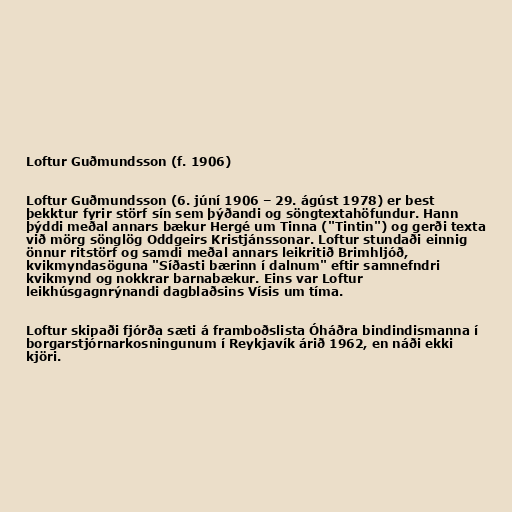
Loftur Guðmundsson (f. 1906)

Loftur Guðmundsson (6. júní 1906 – 29. ágúst 1978) er best
þekktur fyrir störf sín sem þýðandi og söngtextahöfundur. Hann
þýddi meðal annars bækur Hergé um Tinna ("Tintin") og gerði texta
við mörg sönglög Oddgeirs Kristjánssonar. Loftur stundaði einnig
önnur ritstörf og samdi meðal annars leikritið Brimhljóð,
kvikmyndasöguna "Síðasti bærinn í dalnum" eftir samnefndri
kvikmynd og nokkrar barnabækur. Eins var Loftur
leikhúsgagnrýnandi dagblaðsins Vísis um tíma.

Loftur skipaði fjórða sæti á framboðslista Óháðra bindindismanna í
borgarstjórnarkosningunum í Reykjavík árið 1962, en náði ekki
kjöri.